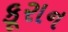
કૂરાન